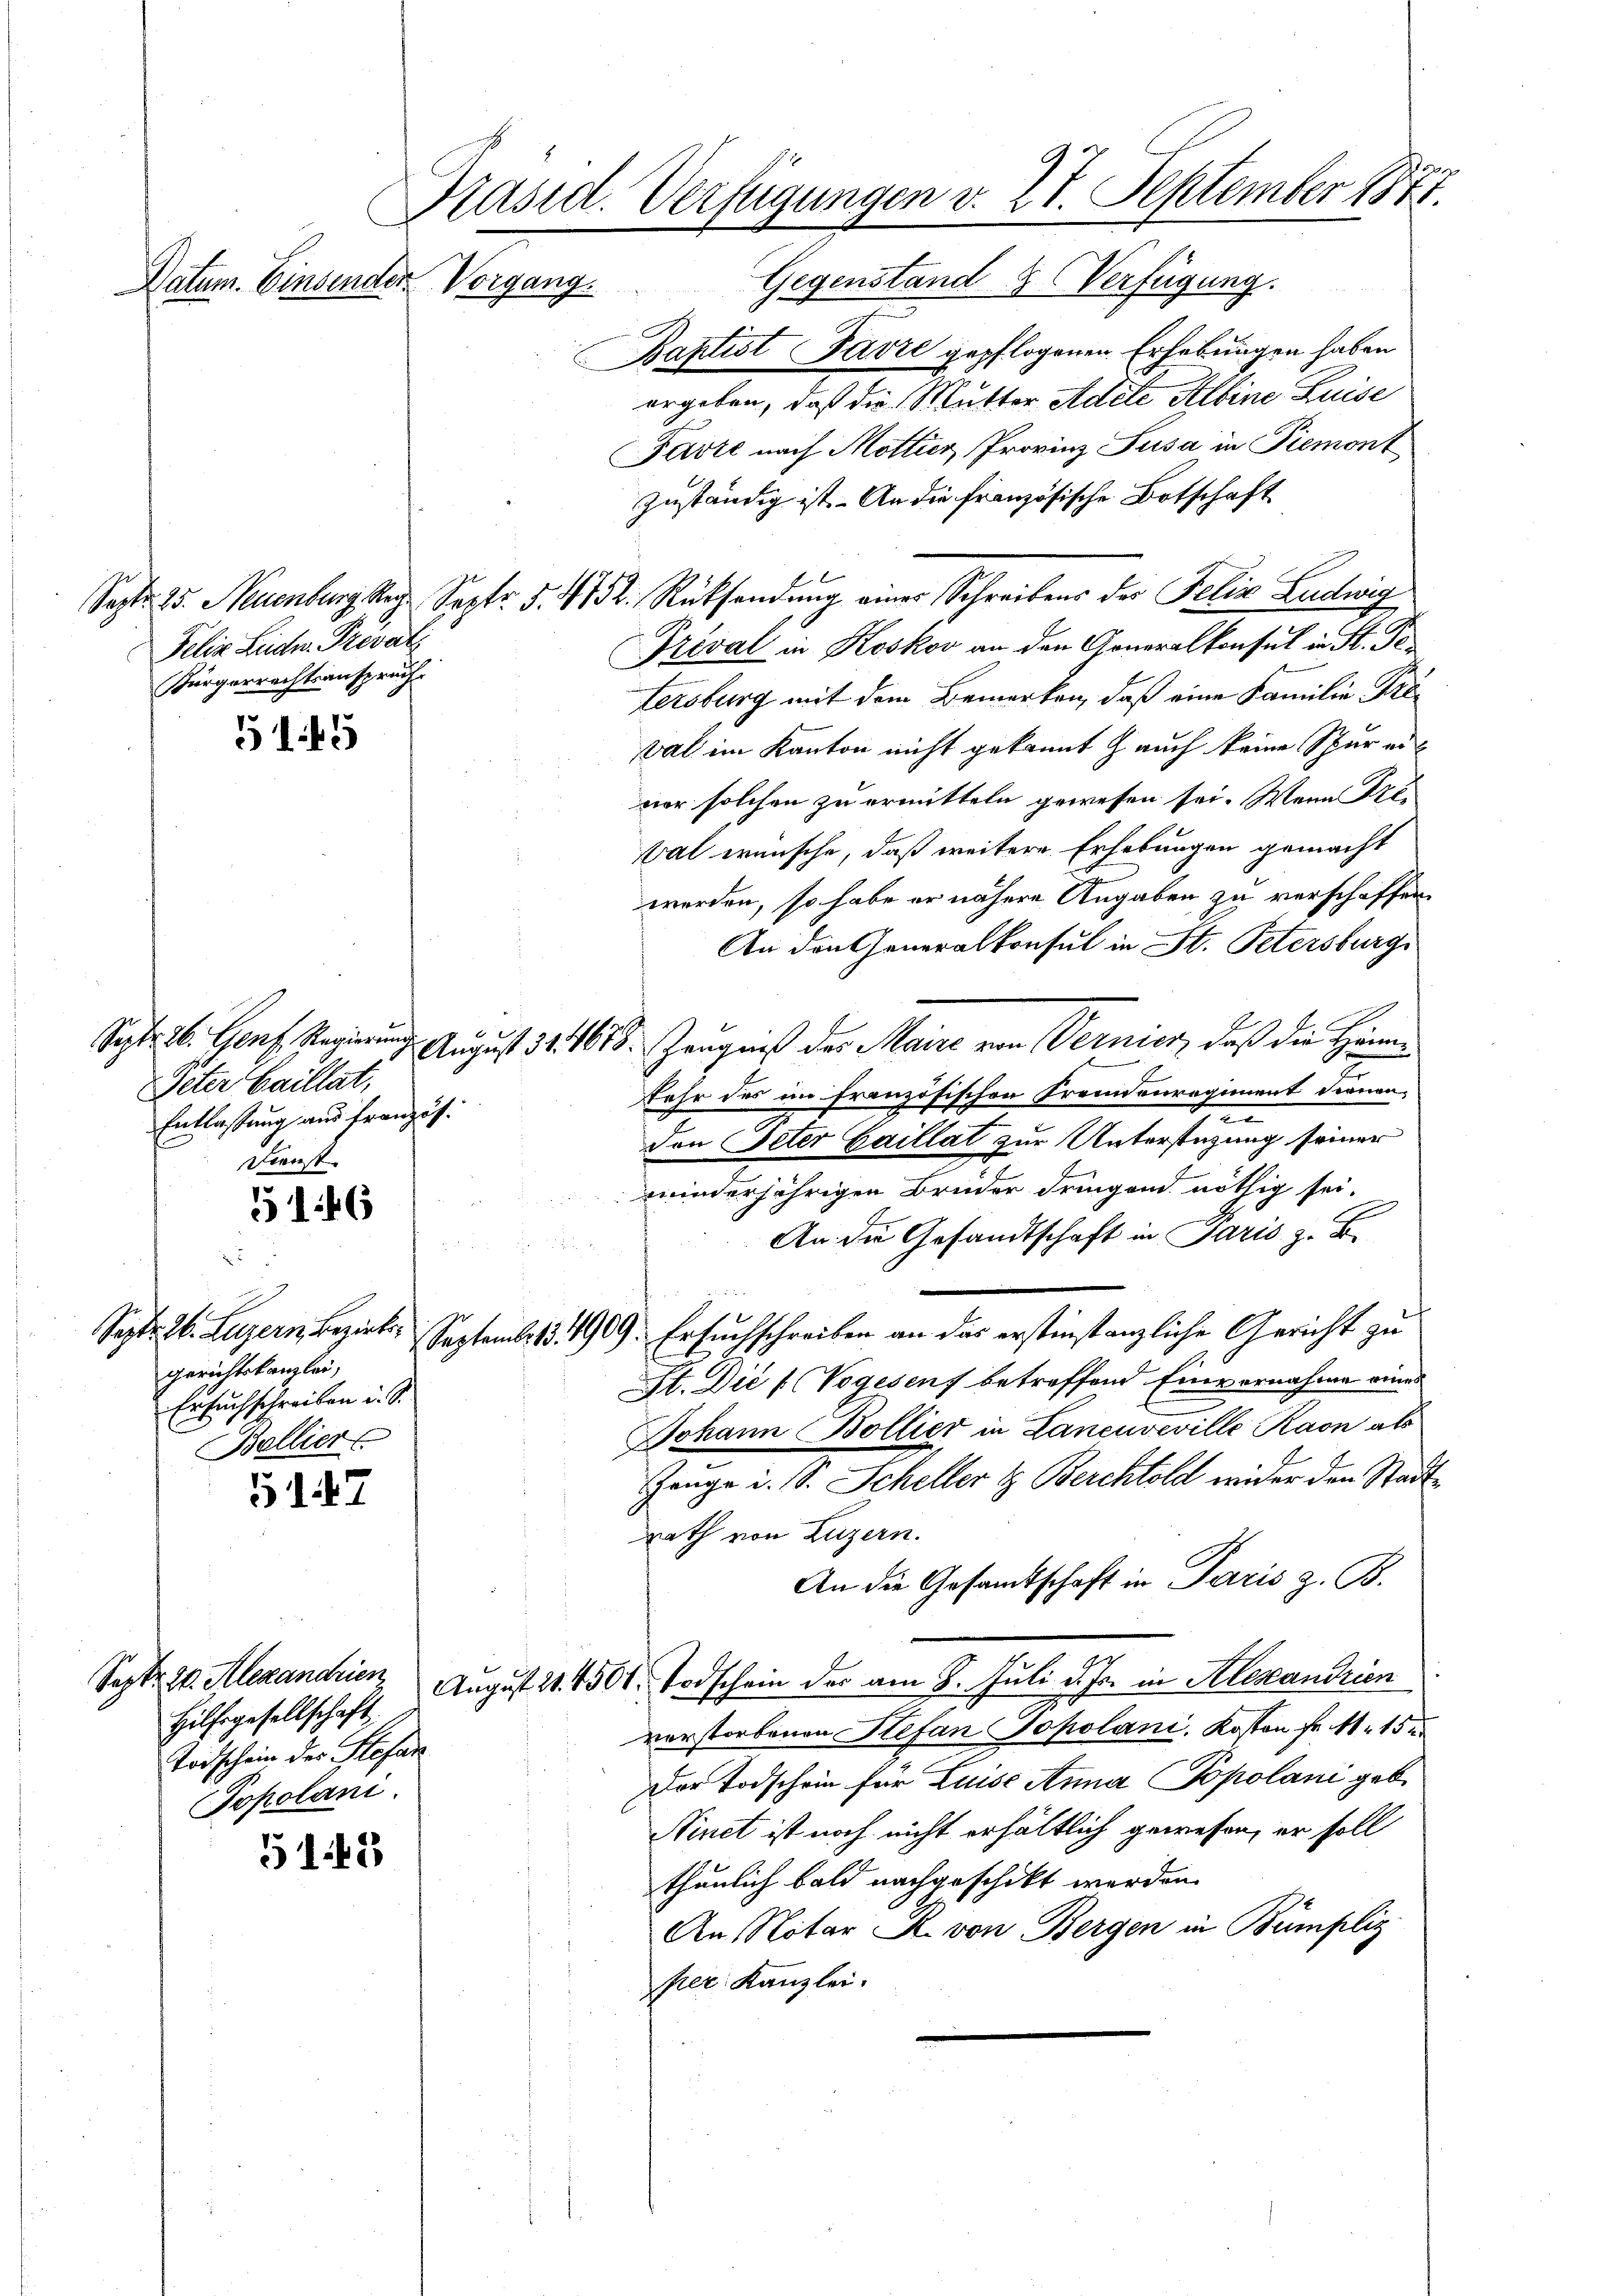
Datum. Einsenden Vorgang.

514

Sept. 26. Genf. Regierung
Peter Caillat,
Entlassung und französ.
Dienst

5146

gerichtskanzlei,
Ersuchschreiben i. S.
Bellier

547

5145

Präsid. Verfügungen v. 27. September 1877.

Gegenstand & Verfügung.
Baptist Favre gepflogenen Erhebungen haben
ergeben, daß die Mutter Adele Albine Luise
Parte nach Mottier, Provinz Susa in Piemont
zuständig ist. An die französische Botschaft
Sept. 15. Neuenburg Reg. Sept. 5. 412. Rücksendung einer Schreibens der Felix Ludwig
Treval in Koskov an den Generalkonsul in St. Pe¬
Lersburg mit dem Bemerken, daß eine Familie Preval im Kanton nicht gekannt auch keine Spur erner solchen zu ermitteln gewesen sei. Wenn Prei
Val wünsche, daß weitere Erhebungen gemacht
werden, so habe er nähere Angaben zu verschaffen.
An den Generalkonsul in St. Petersburg
August 34. 1613. Zeugniß des Maire von Vernier, daß die Hennen
.
Fehr des im französischen Fremdenregiment dienen-
e
Den Peter Gaillat zur Unterstüzung seiner
minderjährigen Bruder dringend nöthig sei.
An die Gesandtschaft in Paris z. B.
1 Fr.
Sept. 26. Luzern Bezirks, September 1909. Ersuchschreiben an das erstinstanzliche Gericht zu
St. Die / Vogesenf betreffend Einvernahme eines
Johann Bollier in Laneuveville Raon als
Gange i. S. Scheller & Berchtold wider den Stadtrath von Luzern.
An die Gesamtschaft in Paris z. B.
Sept. 10. Alexandrien, August 21. 4500. Todschein der am 8. Juli d. Js. in Alexandrien
verstorbenen Stefan Sokolani, Kosten Fr. 1. 152
Der Todschein für Luise Anna Popolani geb.
Ninet ist noch nicht erhältlich gewesen, er soll
thunlich bald nachgeschickt werden.
An Notar R. von Bergen in Bumpliz
per Kanzlei.

Felix Ludn Prevatz
Bürgerrechtsanspruch.

Hilfsgesellschaft
Todschein des Stefan
Popolani.